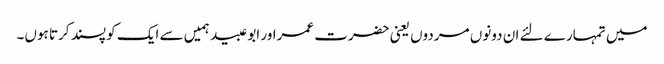
میں تمہارے لئے ان دونوں مردوں یعنی حضرت عمراور ابو عبید ہمیں سے ایک کو پسند کرتا ہوں۔